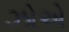
ઝોએ